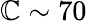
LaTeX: \mathbb{C}\sim70